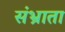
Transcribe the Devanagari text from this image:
संभ्राता